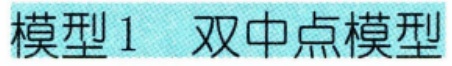
模型1  双中点模型